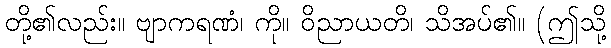
တို့၏လည်း။ ဗျာကရဏံ၊ ကို။ ဝိညာယတိ၊ သိအပ်၏။ (ဤသို့